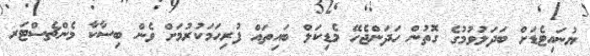
ޔުނައިޓެޑަށް ބަދަލުވުމުގެ ގޮތުން ހަދަންޖެހޭ މެޑިކަލް ބައިތައް ފުރިހަމަކުރުމަށް ވެން ބިސާކާ މެންޗެސްޓަރ